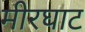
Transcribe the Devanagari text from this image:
मीरघाट